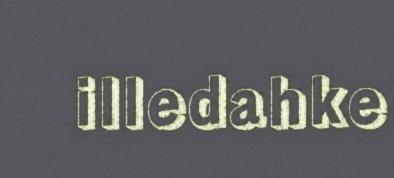
illedahke